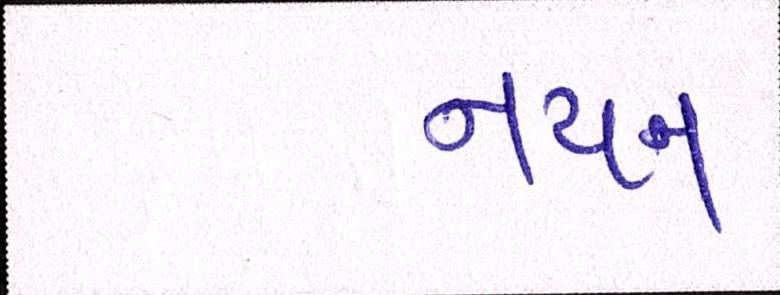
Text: નયન